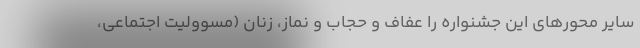
سایر محورهای این جشنواره را عفاف و حجاب و نماز، زنان (مسوولیت اجتماعی،